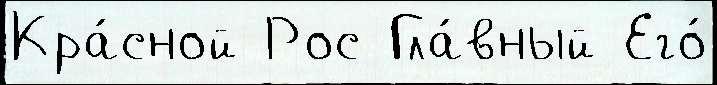
Кра́сной Рос Гла́вный Его́